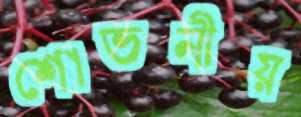
শোভনীয়